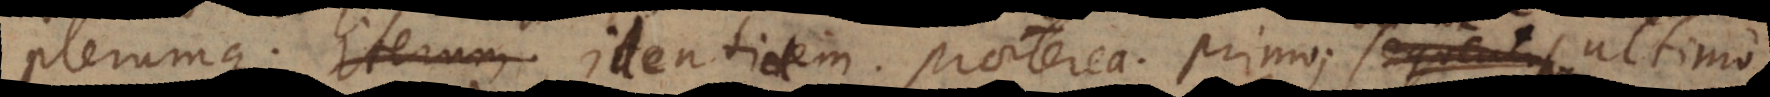
Plerumque. Iterum. Identidem. Praeterea. Primo; sequenti loco,